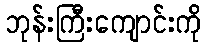
ဘုန်းကြီးကျောင်းကို